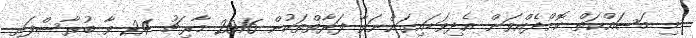
މި މަސައްކަތް ކޮށްދެއްވަން އެދިވަޑައިގަންނަވާ ފަރާތްތަކުން 2016 މާރިޗު 24 ވާ ބުރާސްފަތި